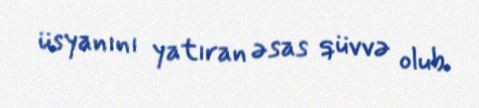
üsyanını yatıran əsas qüvvə olub.